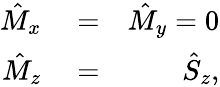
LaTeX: \begin{array}{rlr}{\hat{M}_{x}}&{{}=}&{\hat{M}_{y}=0}\\ {\hat{M}_{z}}&{{}=}&{\hat{S}_{z},}\end{array}